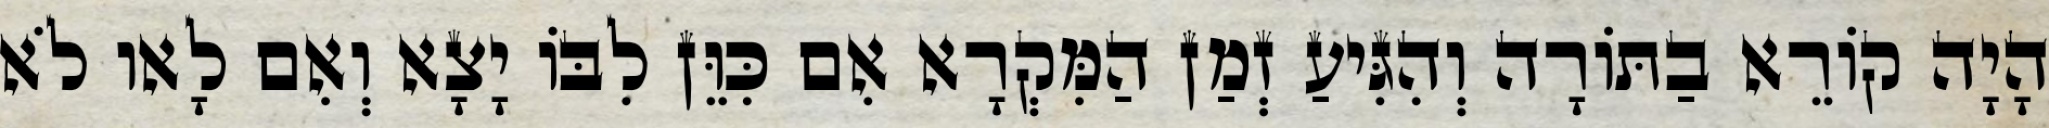
הָיָה קוֹרֵא בַתּוֹרָה וְהִגִּיעַ זְמַן הַמִּקְרָא אִם כִּוֵּן לִבּוֹ יָצָא וְאִם לָאו לֹא